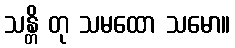
သန္တိ တု သမထော သမော။